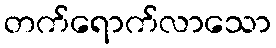
တက်ရောက်လာသော